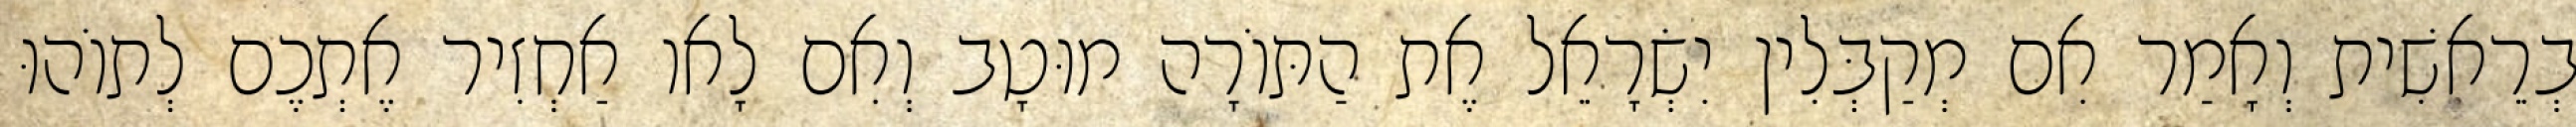
בְרֵאשִׁית וְאָמַר אִם מְקַבְּלִין יִשְׂרָאֵל אֶת הַתּוֹרָה מוּטָב וְאִם לָאו אַחְזִיר אֶתְכֶם לְתוֹהוּ